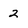
Character: 2